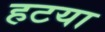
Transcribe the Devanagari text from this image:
हटया